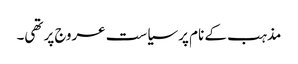
مذہب کے نام پر سیاست عروج پر تھی۔